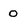
Character: O